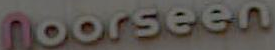
Noorseen